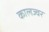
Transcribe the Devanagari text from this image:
कालज्वर